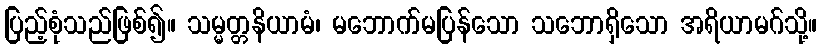
ပြည့်စုံသည်ဖြစ်၍။ သမ္မတ္တနိယာမံ၊ မဘောက်မပြန်သော သဘောရှိသော အရိယာမဂ်သို့။